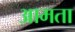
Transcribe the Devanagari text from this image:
आमता